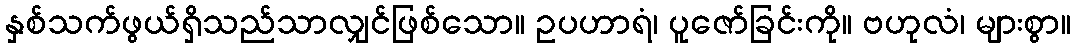
နှစ်သက်ဖွယ်ရှိသည်သာလျှင်ဖြစ်သော။ ဥပဟာရံ၊ ပူဇော်ခြင်းကို။ ဗဟုလံ၊ များစွာ။